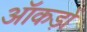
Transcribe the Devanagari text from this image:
ऑकड़ों